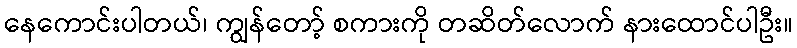
နေကောင်းပါတယ်၊ ကျွန်တော့် စကားကို တဆိတ်လောက် နားထောင်ပါဦး။